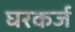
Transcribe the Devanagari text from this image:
घरकर्ज